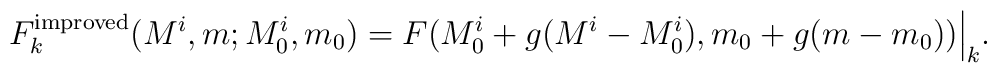
F^{\rm improved}_{k}(M^i,m;M^i_0,m_0)   = F(M^i_0 + g(M^i-M^i_0),m_0 +g(m-m_0))\Big|_k.